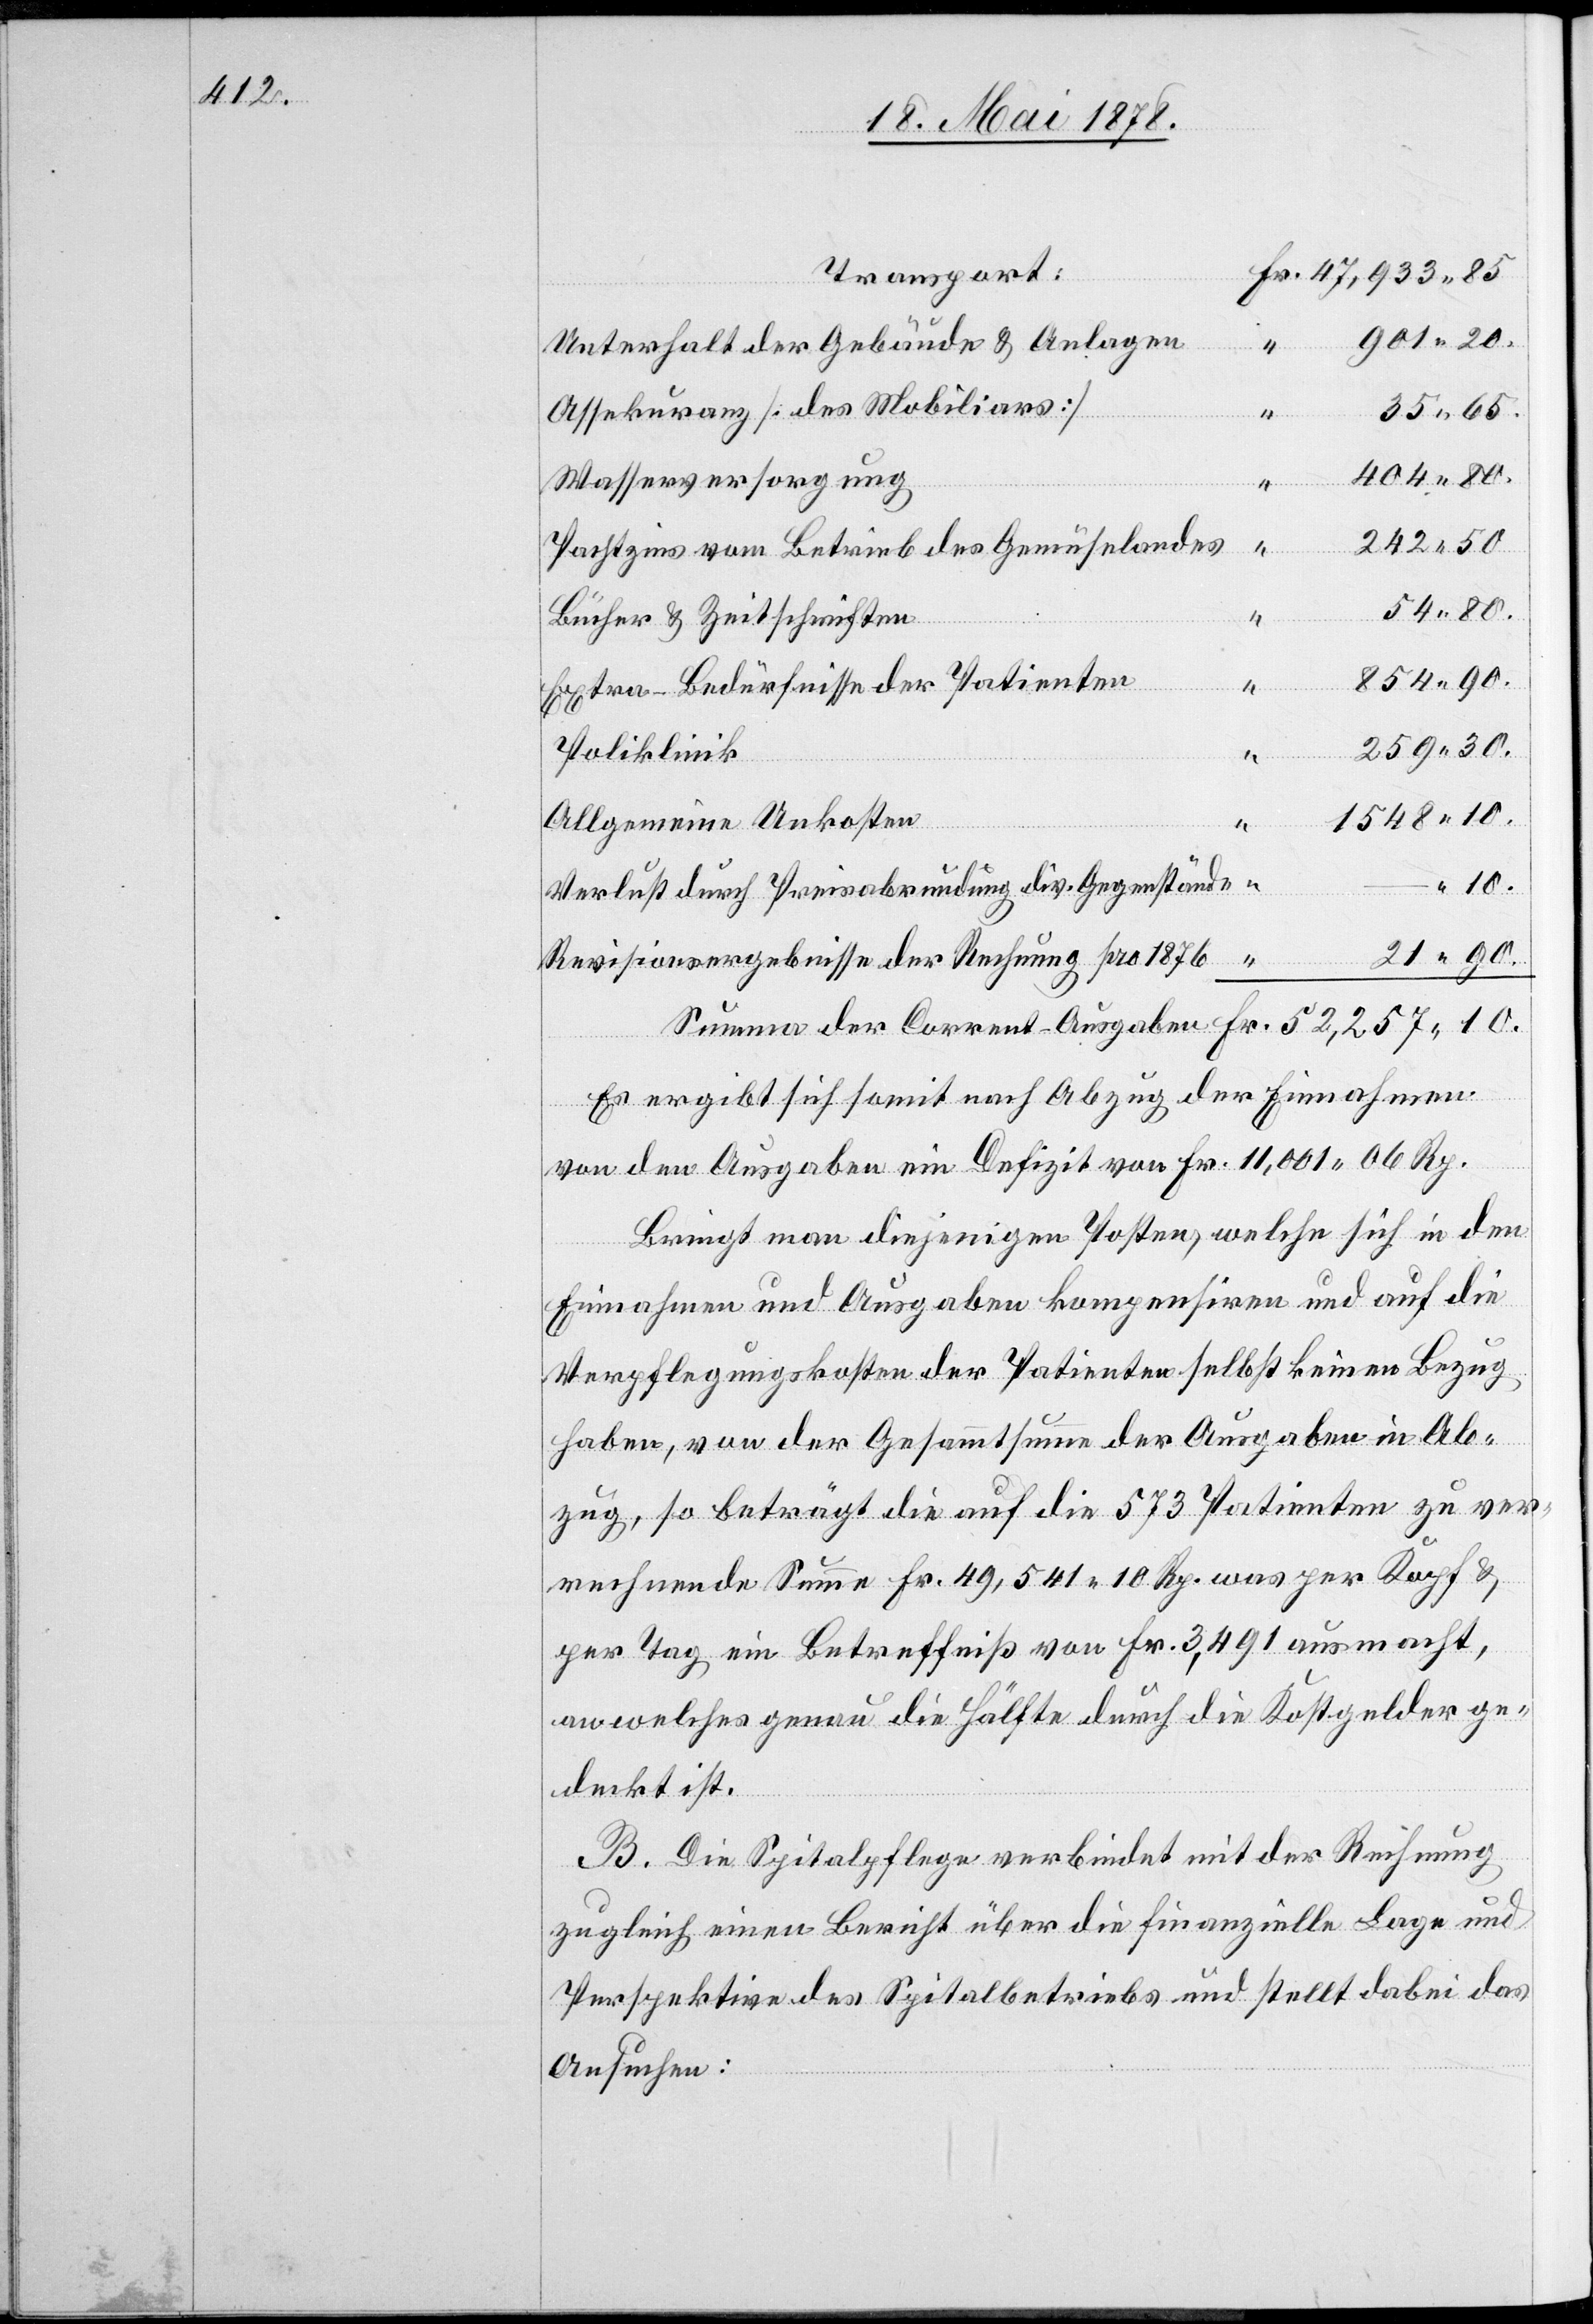
901. 20.
Unterhalt der Gebäude & Anlagen
Assekuranz [des Mobiliars]
10.
35. 65.
404. 80.
Wasserversorgung
242. 50.
Pachtzins vom Betrieb des Gemüselandes
54. 80.
Bücher & Zeitschriften
854. 90.
Experten-Bedürfnisse der Patienten
259. 30.
Poliklinik
1548. 10.
der
Allgemeine Unkosten
Verlust durch Preisabrundung div. Gegenstände
21. 90.
Revisionsergebnisse der Rechnung pro 1876
Es ergibt sich somit nach Abzug der Einnahmen
von den Ausgaben ein Defizit von Fr. 11,001. 06 Rp.
Bringt man diejenigen Posten, welche sich in den
Einnahmen und Ausgaben kompensiren und auf die
Verpflegungskosten der Patienten selbst keinen Bezug
haben, von der Gesammtsumme der Ausgaben in Ab¬
zug, so beträgt die auf die 573 Patienten zu ver¬
mehrende Summe Fr. 49,541. 10 Rp. was per Kopf &
per Tag ein Betreffniß von Fr. 3,491 ausmacht,
an welches genau die Hälfte durch die Kostgelder ge¬
deckt ist.
B. Die Spitalpflege verbindet mit der Rechnung
zugleich einen Bericht über die finanzielle Lage und
Perspektive des Spitalbetriebs und stellt dabei das
Ansuchen: